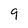
Character: 9